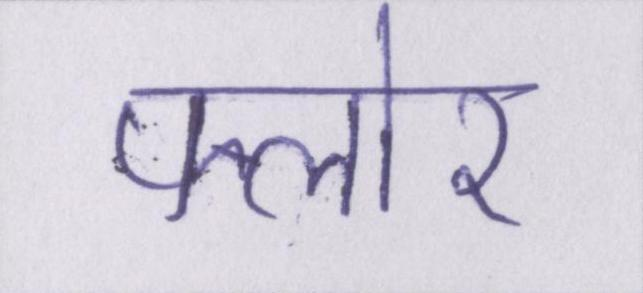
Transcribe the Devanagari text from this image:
फ्लोर